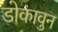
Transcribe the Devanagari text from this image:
डोकावुन